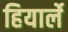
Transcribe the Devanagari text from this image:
हियार्ले